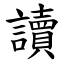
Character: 讀